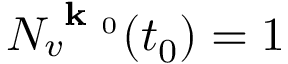
N _ { v } ^ { \textbf { k } _ { 0 } } ( t _ { 0 } ) = 1